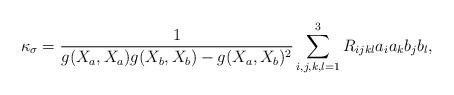
LaTeX: \begin{align*}\kappa_\sigma=\frac{1}{g(X_a,X_a)g(X_b,X_b)-g(X_a,X_b)^2}\sum_{i,j,k,l=1}^3R_{ijkl}a_ia_kb_jb_l,\end{align*}